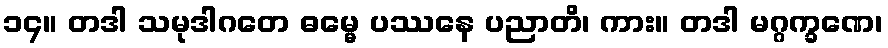
၁၄။ တဒါ သမုဒါဂတေ ဓမ္မေ ပဿနေ ပညာတိ၊ ကား။ တဒါ မဂ္ဂက္ခဏေ၊